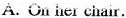
A.On her chair.